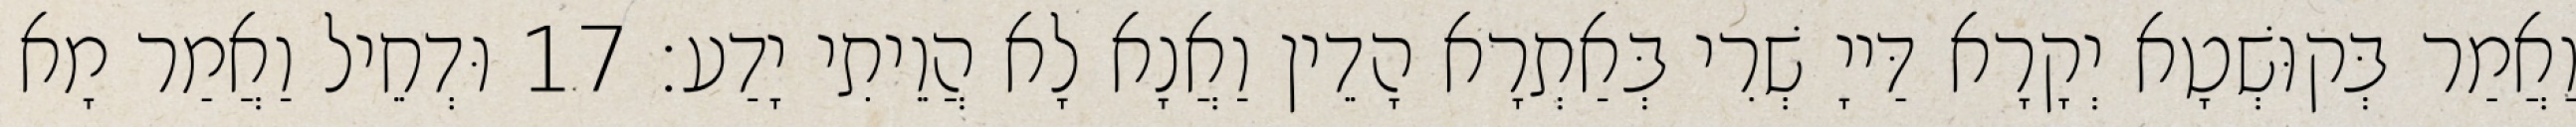
וַאֲמַר בְּקוּשְׁטָא יְקָרָא דַּייָ שְׁרִי בְּאַתְרָא הָדֵין וַאֲנָא לָא הֲוֵיתִי יָדַע׃ 17 וּדְחֵיל וַאֲמַר מָא